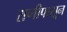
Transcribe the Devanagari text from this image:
राणीपासून